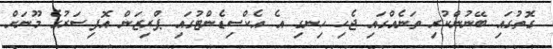
ގޮތުގައި ބޭނުންކުރި ތަނެއްގައި ޖެހި ހިނގި އެ އެކްސިޑެންޓުގައި ޕްރިޒަން އޮފިސަރުގެ މޫނަށް